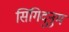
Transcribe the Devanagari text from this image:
सिंगिदुनुम